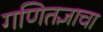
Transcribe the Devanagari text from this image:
गणितज्ञाचा